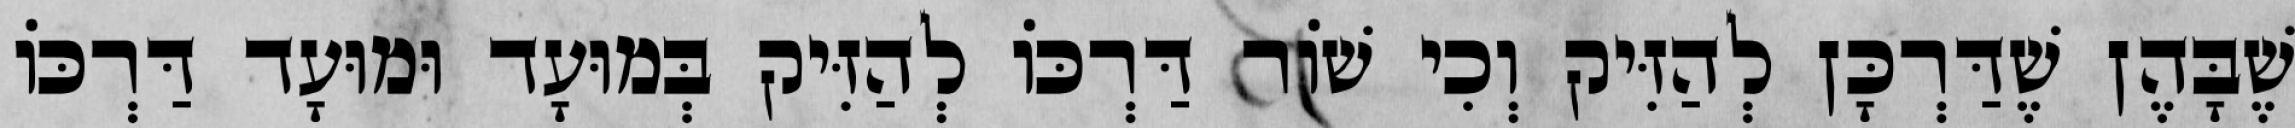
שֶׁבָּהֶן שֶׁדַּרְכָּן לְהַזִּיק וְכִי שׁוֹר דַּרְכּוֹ לְהַזִּיק בְּמוּעָד וּמוּעָד דַּרְכּוֹ